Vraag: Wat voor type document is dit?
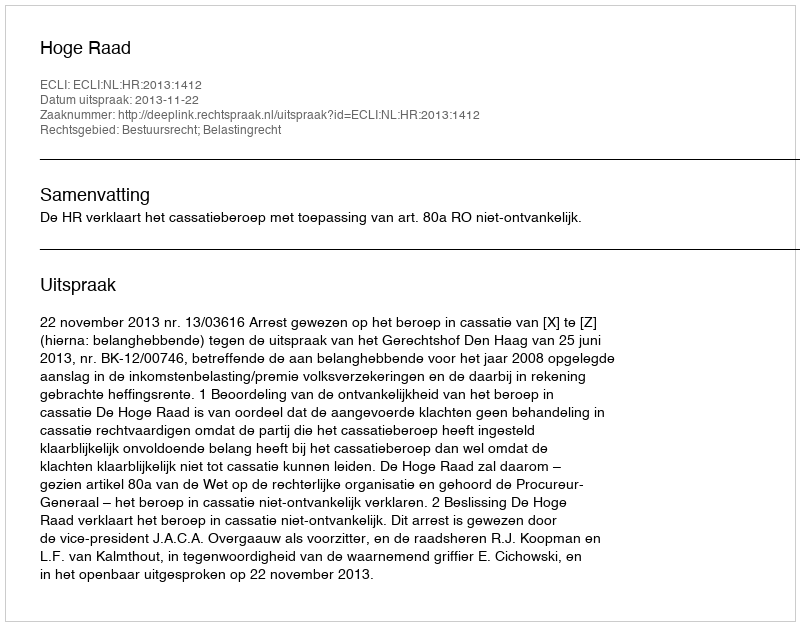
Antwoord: Uitspraak